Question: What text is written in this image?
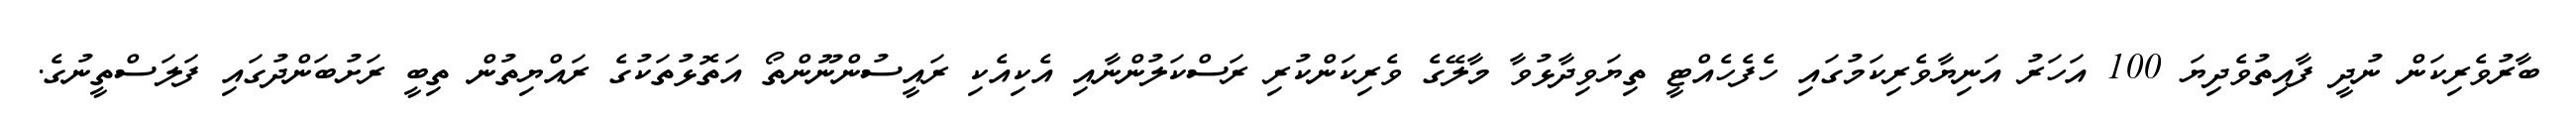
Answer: ބާރުވެރިކަން ނުދީ ފާއިތުވެދިޔަ 100 އަހަރު އަނިޔާވެރިކަމުގައި ހެފެހެއްޓީ ތިޔަވިދާޅުވާ މާލޭގެ ވެރިކަންކުރި ރަސްކަލުންނާއި އެކިއެކި ރައީސުންނޫންތޯ އަތޮޅުތަކުގެ ރައްޔިތުން ތިބީ ރަށުބަންދުގައި ފަލަސްތީނުގެ.